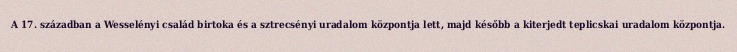
A 17. században a Wesselényi család birtoka és a sztrecsényi uradalom központja lett, majd később a kiterjedt teplicskai uradalom központja.